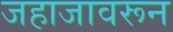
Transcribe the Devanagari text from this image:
जहाजावरून